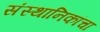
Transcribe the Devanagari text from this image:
संस्थानिकांचा